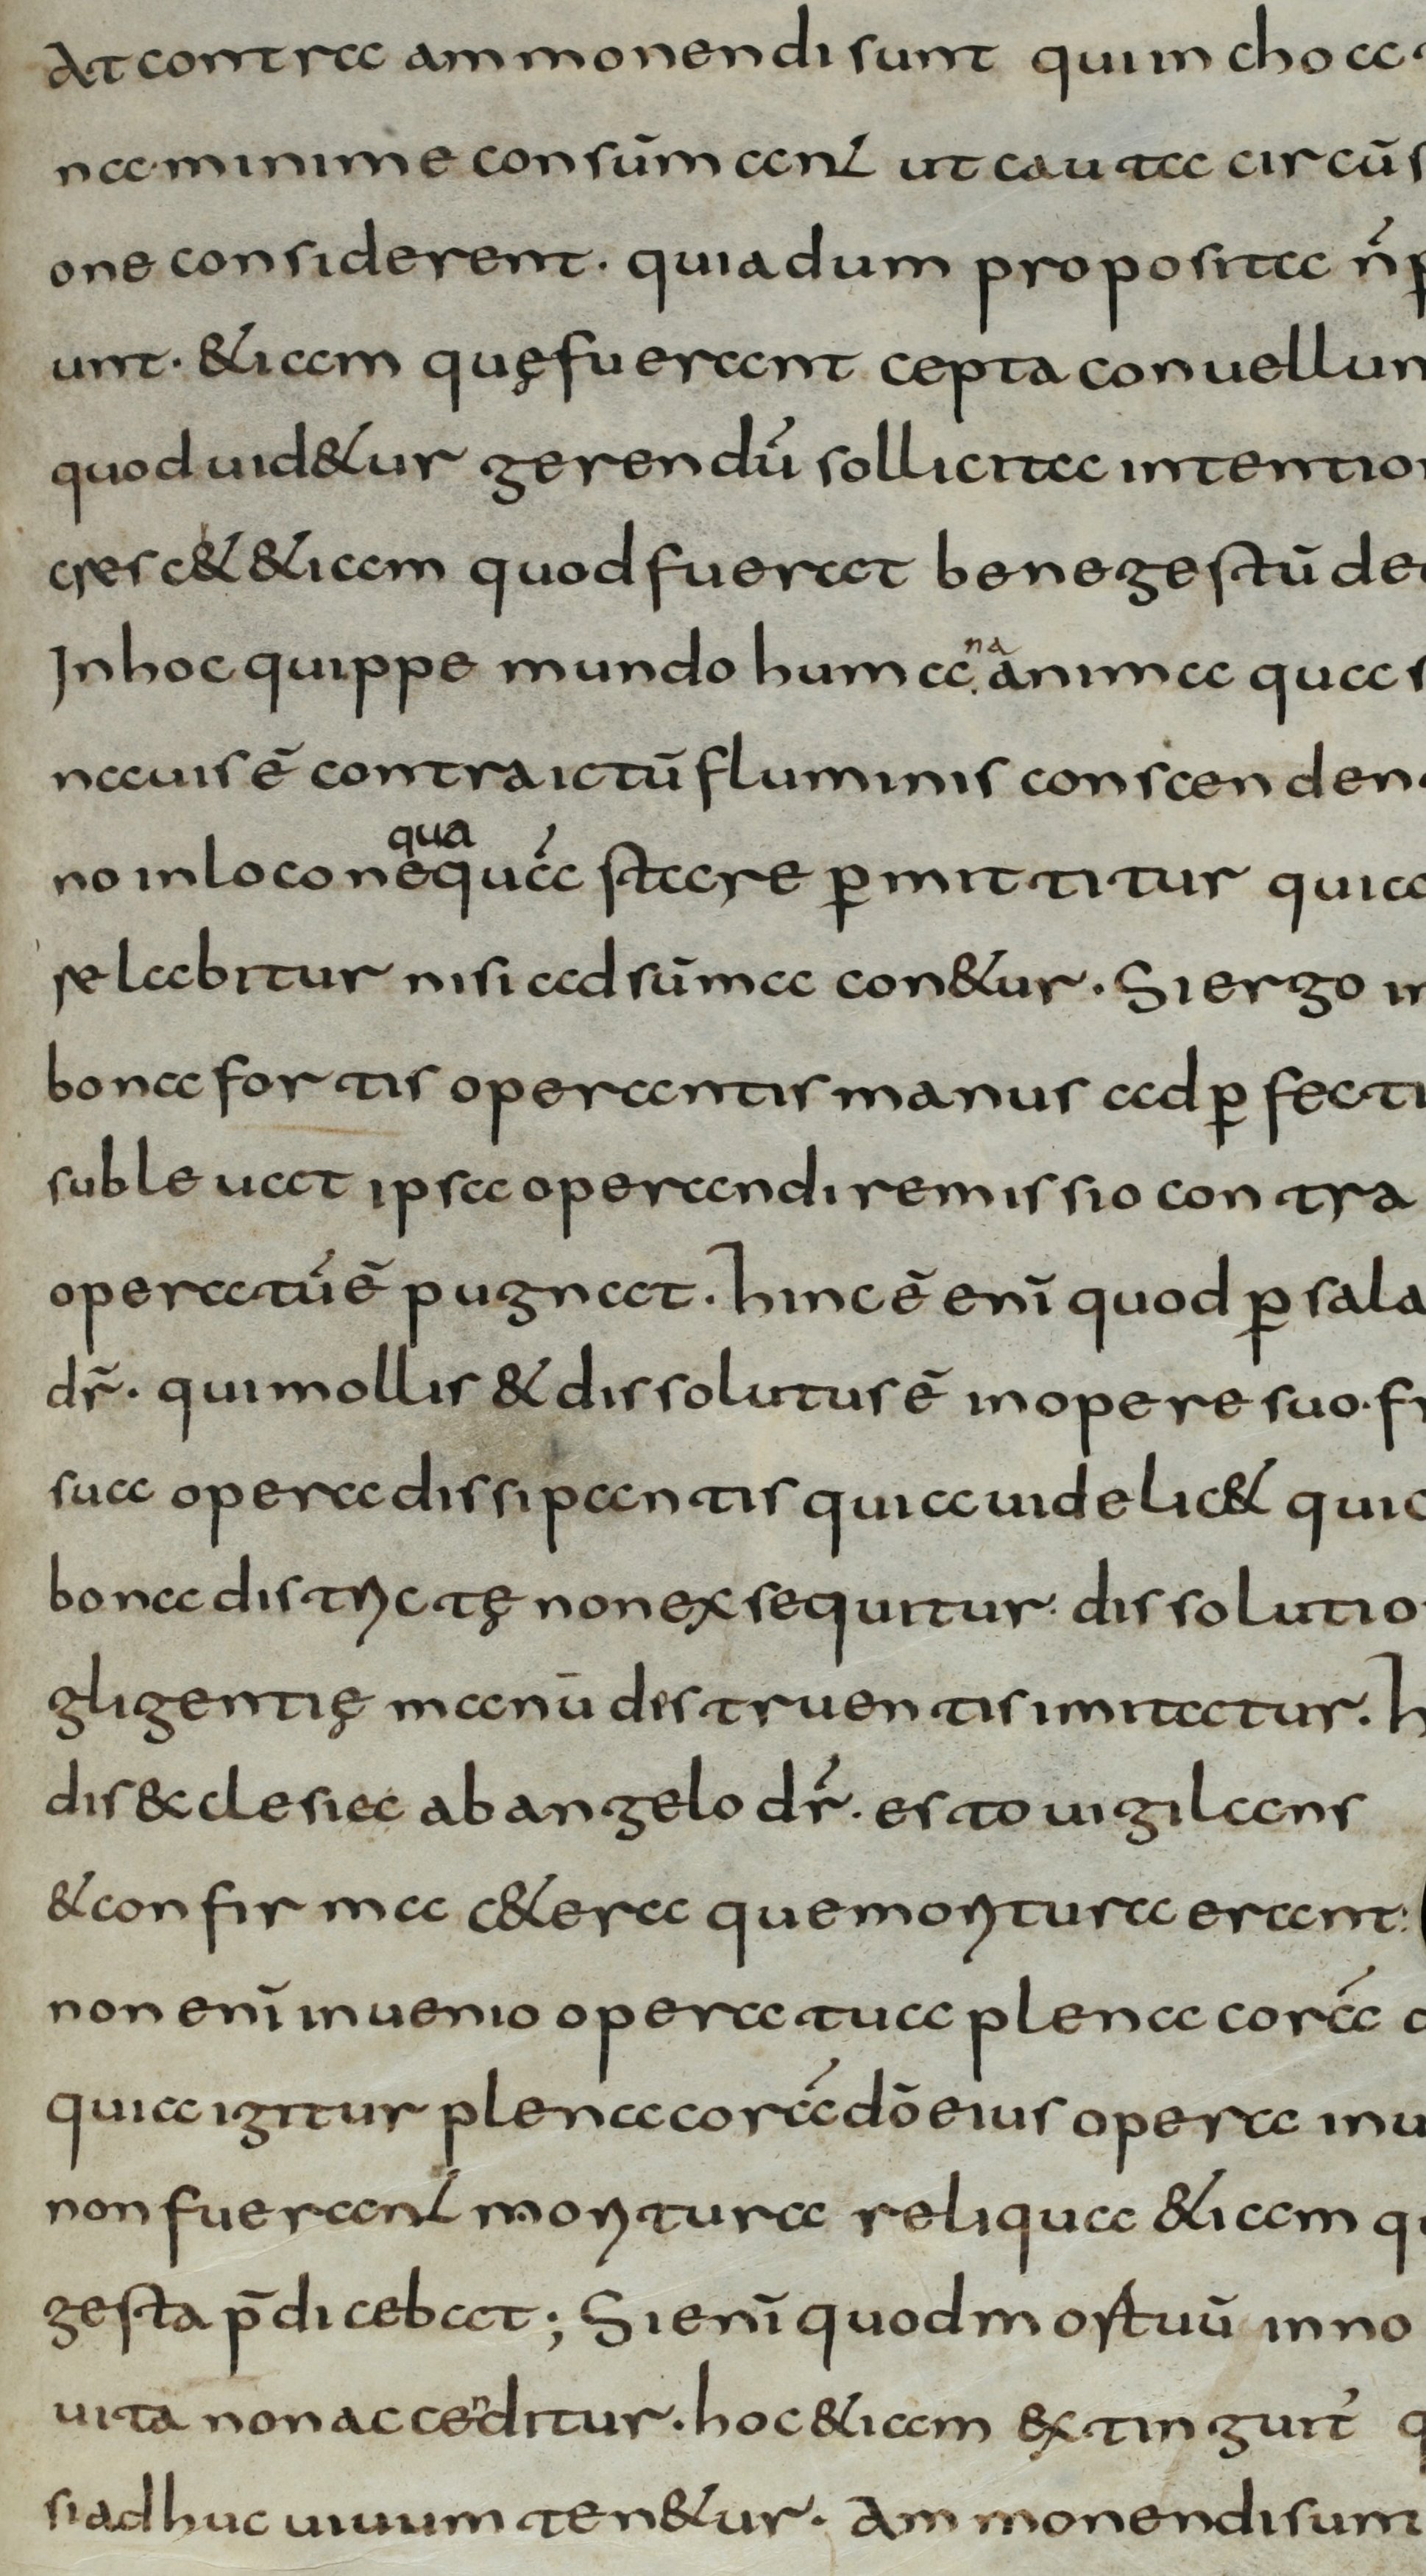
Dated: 800–830